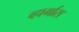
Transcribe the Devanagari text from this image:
व्हार्गास